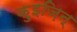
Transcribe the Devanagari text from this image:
क़ुइज़िन्